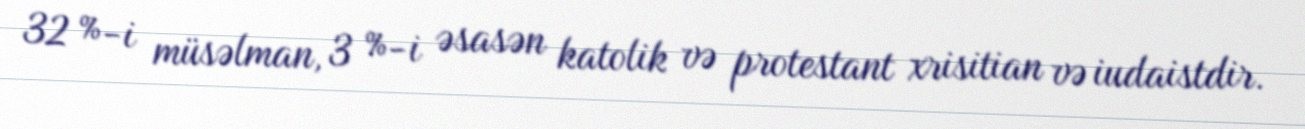
32 %-i müsəlman, 3 %-i əsasən katolik və protestant xrisitian və iudaistdir.